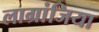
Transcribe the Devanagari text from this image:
लाग्रांजिया